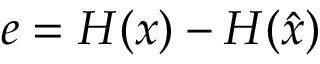
e = H ( x ) - H ( { \hat { x } } )